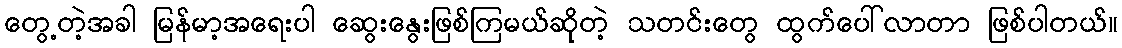
တွေ့တဲ့အခါ မြန်မာ့အရေးပါ ဆွေးနွေးဖြစ်ကြမယ်ဆိုတဲ့ သတင်းတွေ ထွက်ပေါ်လာတာ ဖြစ်ပါတယ်။